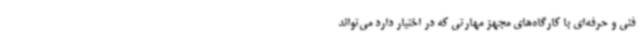
فنی و حرفه‌ای با کارگاه‌های مجهز مهارتی که در اختیار دارد می‌تواند